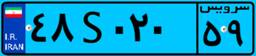
۴۸S۰۲۰۵۹